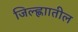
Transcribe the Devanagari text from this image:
जिल्ह्णाातील